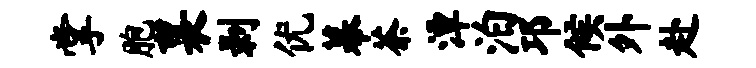
掌胞襄剥优幕茶潭泊邛候外赴